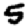
Digit: 5